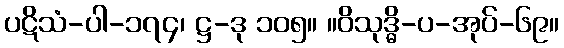
ပဋိသံ-ပါ-၁၇၄၊ ဋ္ဌ-ဒု ၁၀၅။ ။ဝိသုဒ္ဓိ-ပ-အုပ်-၆၉။